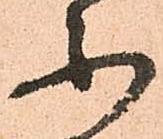
不